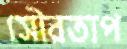
সৌরতাপ